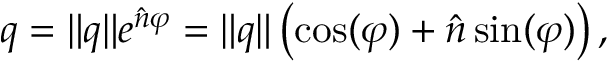
q = \| q \| e ^ { { \hat { n } } \varphi } = \| q \| \left( \cos ( \varphi ) + { \hat { n } } \sin ( \varphi ) \right) ,